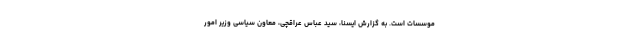
موسسات است. به گزارش ایسنا، سید عباس عراقچی، معاون سیاسی وزیر امور